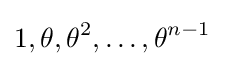
1,\theta ,\theta ^{2},\ldots ,\theta ^{n-1}